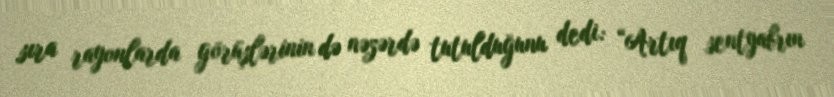
sıra rayonlarda görüşlərinin də nəzərdə tutulduğunu dedi: “Artıq sentyabrın